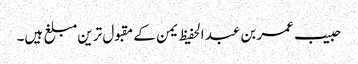
حبیب عمر بن عبد الحفیظ یمن کے مقبول ترین مبلغ ہیں۔